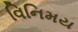
વિનિમય